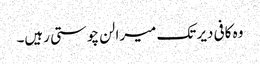
وہ کافی دیر تک میرا لن چوستی رہیں۔